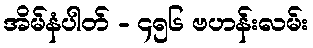
အိမ်နံပါတ် - ၄၅၆ ဗဟန်းလမ်း